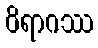
ဝိရာဂဿ